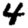
Digit: 4